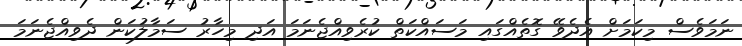
ނަމަވެސް މިކަމަށް އެދެވޭ ގޮތެއްގައި މަސައްކަތް ކުރެވިއްޖެނަމަ އަދި މިހާރު ސަމާލުކަން ދެވިއްޖެނަމަ